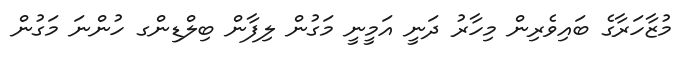
މުޒާހަރާގެ ބައިވެރިން މިހާރު ދަނީ އަމީނީ މަގުން ލިފާން ބިލްޑިންގ ހުންނަ މަގުން